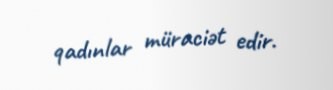
qadınlar müraciət edir.